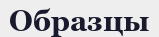
Образцы